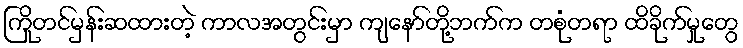
ကြိုတင်မှန်းဆထားတဲ့ ကာလအတွင်းမှာ ကျနော်တို့ဘက်က တစုံတရာ ထိခိုက်မှုတွေ